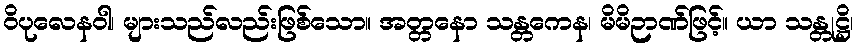
ဝိပုလေနဝါ၊ များသည်လည်းဖြစ်သော။ အတ္တနော သန္တကေန၊ မိမိဉာဏ်ဖြင့်။ ယာ သန္တုဋ္ဌိ၊